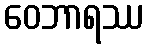
ဝေဘာရဿ